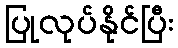
ပြုလုပ်နိုင်ပြီး